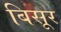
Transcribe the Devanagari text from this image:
बिसूर